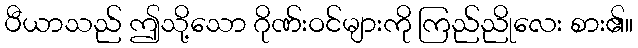
ပီယာသည် ဤသို့သော ဂိုဏ်းဝင်များကို ကြည်ညိုလေး စား၏။